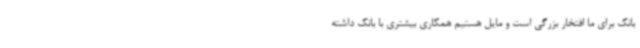
بانک برای ما افتخار بزرگی است و مایل هستیم همکاری بیشتری با بانک داشته